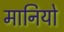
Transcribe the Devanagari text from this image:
मानियो